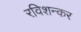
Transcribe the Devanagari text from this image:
रविशन्कर